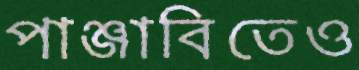
পাঞ্জাবিতেও